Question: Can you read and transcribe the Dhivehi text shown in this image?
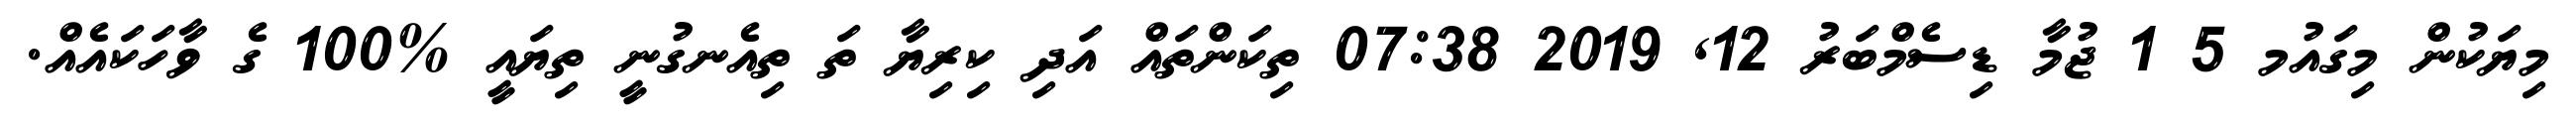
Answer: މިޔަކުން މިގައުމ 5 1 ޖުމާ ޑިސެމްބަރު 12, 2019 07:38 ތިކަންތައް އަދި ކިރިޔާ ތަ ތިއެނގުނީ ތިޔައީ %100 ގެ ވާހަކައެއް.